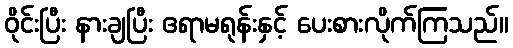
ဝိုင်းပြီး နားချပြီး ဧရာမရုန်းနှင့် ပေးစားလိုက်ကြသည်။